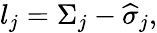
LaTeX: l_{j}=\Sigma_{j}-\widehat{\sigma}_{j},